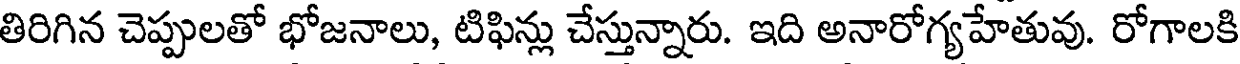
తిరిగిన చెప్పులతో భోజనాలు, టిఫిన్లు చేస్తున్నారు. ఇది అనారోగ్యహేతువు. రోగాలకి